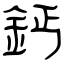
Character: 鈣